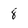
Character: 8